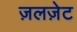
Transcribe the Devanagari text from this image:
ज़लज़ेट